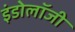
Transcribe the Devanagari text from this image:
इंडोलॉजी